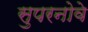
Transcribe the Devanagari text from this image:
सुपरनोवे